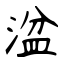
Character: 湓